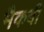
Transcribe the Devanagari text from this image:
मैकबी